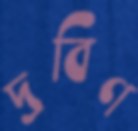
দ্রবিণ